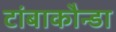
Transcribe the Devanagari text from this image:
टांबाकौन्डा